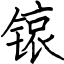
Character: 锿